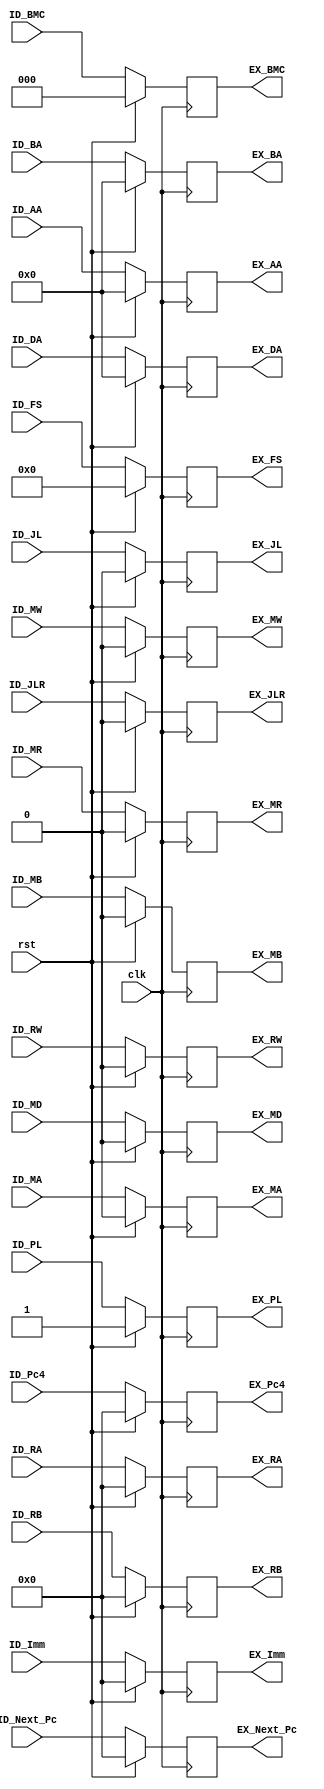
module ID_EX(
    input clk, rst,
    
    input [31:0] ID_Pc4, ID_Next_Pc, ID_Imm,
    input [4:0] ID_DA, ID_AA, ID_BA,
    input ID_MA, ID_MB, ID_MD,
    input ID_RW, ID_MW, ID_MR, 
    input ID_PL, ID_JL, ID_JLR,
    input [3:0] ID_FS,
    input [2:0] ID_BMC,
    input [31:0] ID_RA, ID_RB,
    
    output reg [31:0] EX_Pc4, EX_Next_Pc, EX_Imm,
    output reg [4:0] EX_DA, EX_AA, EX_BA, 
    output reg EX_MA, EX_MB, EX_MD, 
    output reg EX_RW, EX_MW, EX_MR, 
    output reg EX_PL, EX_JL, EX_JLR,
    output reg [3:0] EX_FS,
    output reg [2:0] EX_BMC,
    output reg [31:0] EX_RA, EX_RB
    );
    /*
    reg [31:0] Next_Pc, Imm;
    reg MA, MB, MD;
    reg RW, MW; 
    reg PL, JL, JLR;
    reg [3:0] FS;
    reg [2:0] BMC;
    reg [31:0] RA, RB;
    */
    
    always @(posedge clk)
    begin
    /*
        Next_Pc <= ID_Next_Pc; Imm<=ID_Imm;
        MA<=ID_MA ; MB<=ID_MB; MD<=ID_MB;
        RW<=ID_RW; MW<=ID_MW; 
        PL<=ID_PL; JL<=ID_JL; JLR<=ID_JLR;
        FS<=ID_FS; BMC<=ID_BMC;
        RA<=ID_RA; RB<=ID_RB;
       
      */
        if(rst)
        begin
        
            EX_Next_Pc <= 0;
            EX_Imm <= 0;
            EX_Pc4 <= 0;
            
            EX_DA <= 0;
            EX_AA <= 0;
            EX_BA <= 0;
            
            EX_RA<=0;
            EX_RB<=0;
            
            EX_MA<=0;
            EX_MB<=0;
            EX_MD<=0;
            
            EX_RW<=0;
            EX_MW<=0; 
            EX_MR<=0; 
            
            EX_PL<=1; 
            EX_JL<=0;
            EX_JLR<=0;
            
            EX_FS<=0;
            EX_BMC<=0;
        end
        
        else 
        begin
            EX_Next_Pc <= ID_Next_Pc;
            EX_Imm <= ID_Imm;
            EX_Pc4 <= ID_Pc4;
            
            EX_DA <= ID_DA;
            EX_AA <= ID_AA;
            EX_BA <= ID_BA;
            
            EX_RA<=ID_RA;
            EX_RB<=ID_RB;
            
            EX_MA<=ID_MA;
            EX_MB<=ID_MB;
            EX_MD<=ID_MD;
            
            EX_RW<=ID_RW;
            EX_MW<=ID_MW; 
            EX_MR<=ID_MR; 
            
            EX_PL<=ID_PL; 
            EX_JL<=ID_JL;
            EX_JLR<=ID_JLR;
            
            EX_FS<=ID_FS;
            EX_BMC<=ID_BMC;
        end
        
        
    end
    
endmodule